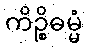
ကိဉ္စိဓမ္မံ